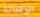
الرسالة